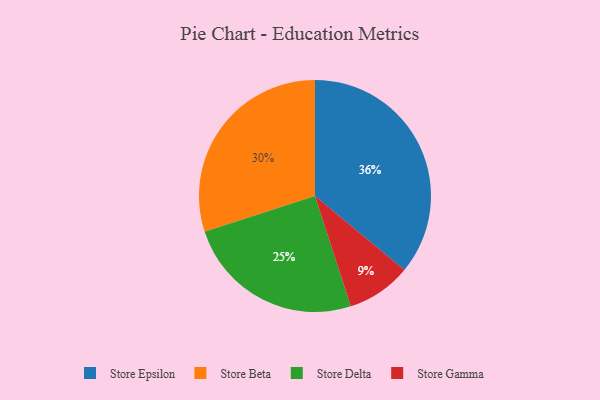
{"axis": {"x": "Category", "y": "Percentage"}, "legend": ["Store Beta", "Store Delta", "Store Epsilon", "Store Gamma"], "data": [{"x": "Store Delta", "y": 25, "type": "Store Delta"}, {"x": "Store Epsilon", "y": 36, "type": "Store Epsilon"}, {"x": "Store Gamma", "y": 9, "type": "Store Gamma"}, {"x": "Store Beta", "y": 30, "type": "Store Beta"}]}